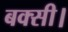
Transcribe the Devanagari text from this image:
बक्सी।